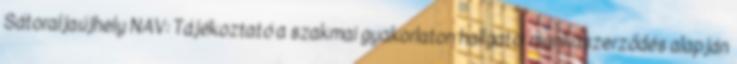
Sátoraljaújhely NAV: Tájékoztató a szakmai gyakorlaton hallgatói munkaszerződés alapján